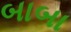
બાબા